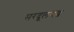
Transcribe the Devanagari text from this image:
सरदूलगढ़